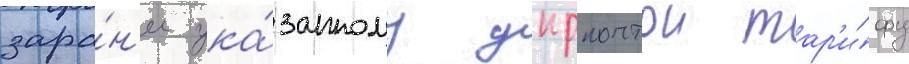
зара́н'ее ука́занному укрпочтои тар'и́фу